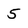
Character: 5